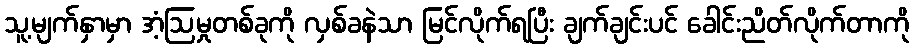
သူ့မျက်နှာမှာ အံ့ဩမှုတစ်ခုကို လှစ်ခနဲသာ မြင်လိုက်ရပြီး ချက်ချင်းပင် ခေါင်းညိတ်လိုက်တာကို